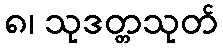
၈၊ သုဒတ္တသုတ်